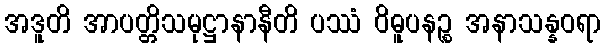
အဒူတိ အာပတ္တိသမုဋ္ဌာနာနီတိ ပဿံ ဝိဓူပနဉ္စ အနာသန္နဝရာ